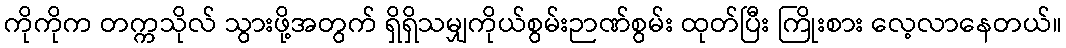
ကိုကိုက တက္ကသိုလ် သွားဖို့အတွက် ရှိရှိသမျှကိုယ်စွမ်းဉာဏ်စွမ်း ထုတ်ပြီး ကြိုးစား လေ့လာနေတယ်။